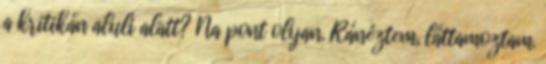
a kritikán aluli alatt? Na pont olyan. Ránéztem, láttamoztam.